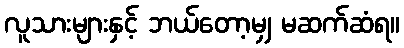
လူသားများနှင့် ဘယ်တော့မျှ မဆက်ဆံရ။